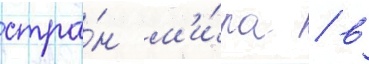
стра́н м'и́ра / в